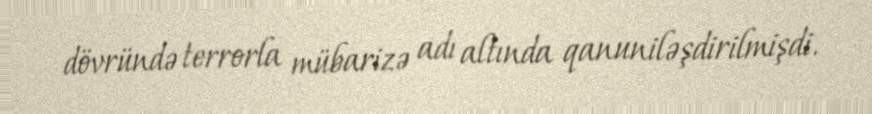
dövründə terrorla mübarizə adı altında qanuniləşdirilmişdi.